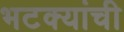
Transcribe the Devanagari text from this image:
भटक्यांची